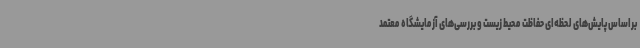
براساس پایش‌های لحظه‌ای حفاظت محیط زیست و بررسی‌های آزمایشگاه معتمد